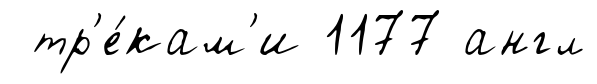
тр'е́кам'и 1177 англ